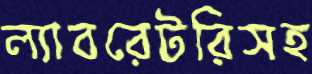
ল্যাবরেটরিসহ